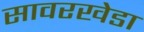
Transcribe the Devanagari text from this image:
सावरखेडा